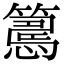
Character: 𥴳